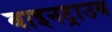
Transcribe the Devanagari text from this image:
वाइनट्राउब